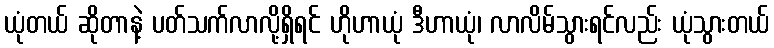
ယုံတယ် ဆိုတာနဲ့ ပတ်သက်လာလို့ရှိရင် ဟိုဟာယုံ ဒီဟာယုံ၊ လာလိမ်သွားရင်လည်း ယုံသွားတယ်